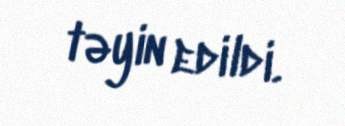
təyin edildi.